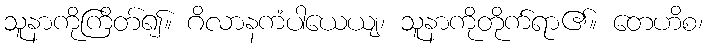
သူနာကိုကြိတ်၍။ ဂိလာနကံပါယေယျ၊ သူနာကိုတိုက်ရာ၏။ တေဟိစ၊